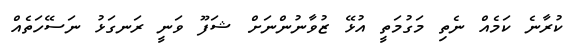
ކުރާނެ ކަމެއް ނެތި މަގުމަތީ އުޅޭ ޒުވާނުންނަށް ޝަފޫ ވަނީ ރަނގަޅު ނަސޭހަތެއް